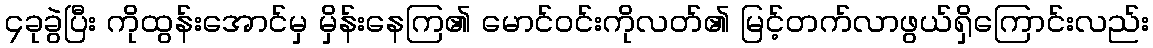
၄ခုခွဲပြီး ကိုထွန်းအောင်မှ မှိန်းနေကြ၏ မောင်ဝင်းကိုလတ်၏ မြင့်တက်လာဖွယ်ရှိကြောင်းလည်း